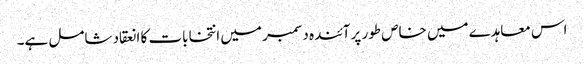
اس معاہدے میں خاص طور پر آئندہ دسمبر میں انتخابات کا انعقاد شامل ہے۔